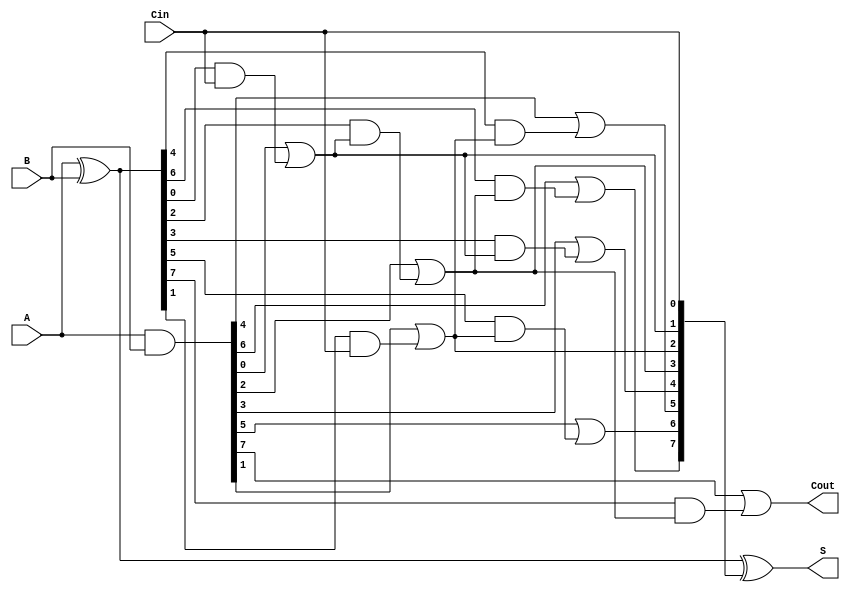
module brent_kung_adder #(parameter N = 8) (
    input  wire [N-1:0] A,      // First n-bit input
    input  wire [N-1:0] B,      // Second n-bit input
    input  wire Cin,             // Carry input
    output wire [N-1:0] S,       // n-bit sum output
    output wire Cout             // Carry output
);

    // Generate and propagate signals
    wire [N-1:0] G; // Generate signals
    wire [N-1:0] P; // Propagate signals
    wire [N:0] C;   // Carry signals

    // Generate and propagate calculations
    assign G = A & B;          // Generate
    assign P = A ^ B;          // Propagate
    assign C[0] = Cin;         // Initial carry input

    // Carry computation using Brent-Kung structure
    genvar i, j;
    generate
        // Level 1
        for (i = 0; i < N/2; i = i + 1) begin : level1
            assign C[i*2 + 1] = G[i*2] | (P[i*2] & C[i]);
            assign C[i*2 + 2] = G[i*2 + 1] | (P[i*2 + 1] & C[i]);
        end

        // Level 2 and beyond
        for (j = 1; j < $clog2(N); j = j + 1) begin : levels
            for (i = 0; i < N/(2**(j+1)); i = i + 1) begin : level
                assign C[i*2**(j+1) + 1] = G[i*2**(j+1)] | (P[i*2**(j+1)] & C[i*2**j]);
                assign C[i*2**(j+1) + 2] = G[i*2**(j+1) + 1] | (P[i*2**(j+1) + 1] & C[i*2**j]);
            end
        end
    endgenerate

    // Sum calculation
    assign S = P ^ C[N-1:0]; // Sum bits
    assign Cout = C[N];      // Final carry out

endmodule